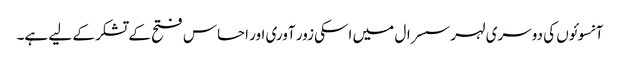
آنسوئوں کی دوسری لہر سسرال میں اسکی زور آوری اور احساس فتح کے تشکر کے لیے ہے۔